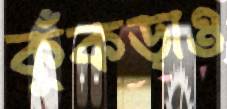
কুঁকড়াও